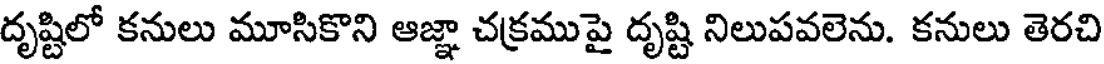
దృష్టిలో కనులు మూసికొని ఆజ్ఞా చక్రముపై దృష్టి నిలుపవలెను. కనులు తెరచి